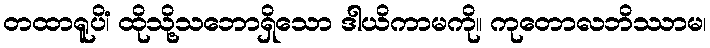
တထာရူပိံ၊ ထိုသို့သဘောရှိသော ဒါယိကာမကို။ ကုတောလဘိဿာမ၊